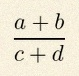
\frac{a+b}{c+d}